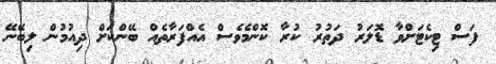
ފަސް ޓިކެޓަށްވާ ޑޮލަރު ދަތުރު ކުރާ ކޮންމެވެސް އެއްފަރާތެއް ބޭންކަށް ދިއުމުން ލިބޭނޭ